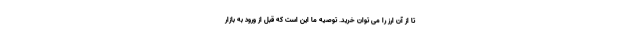
تا از آن ارز را می توان خرید. توصیه ما این است که قبل از ورود به بازار